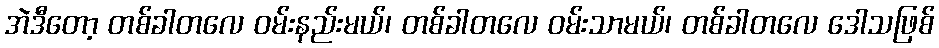
အဲဒီတော့ တစ်ခါတလေ ဝမ်းနည်းမယ်၊ တစ်ခါတလေ ဝမ်းသာမယ်၊ တစ်ခါတလေ ဒေါသဖြစ်